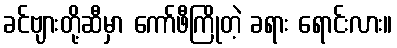
ခင်ဗျားတို့ဆီမှာ ကော်ဖီကြိုတဲ့ ခရား ရောင်းလား။